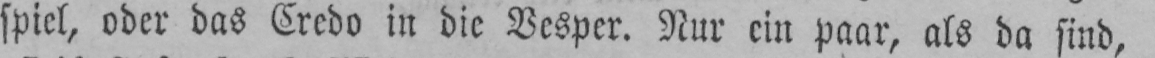
spiel, oder das Credo in die Vesper. Nur ein paar, als da sind,